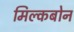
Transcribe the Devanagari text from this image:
मिल्कबोन